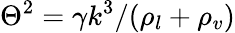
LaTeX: {\Theta^{2}}=\gamma{k^{3}}/({\rho_{l}}+{\rho_{v}})